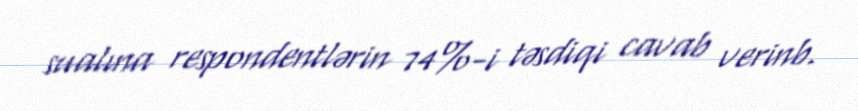
sualına respondentlərin 74%-i təsdiqi cavab verinb.